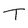
Character: T